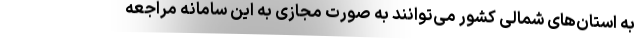
به استان‌های شمالی کشور می‌توانند به صورت مجازی به این سامانه مراجعه